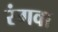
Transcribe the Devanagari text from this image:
रंगवा